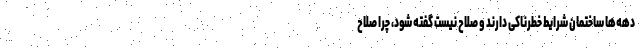
دهه‌ها ساختمان شرایط خطرناکی دارند و صلاح نیست گفته شود، چرا صلاح